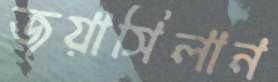
জয়াসিলান